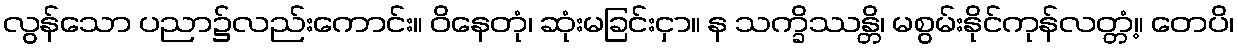
လွန်သော ပညာ၌လည်းကောင်း။ ဝိနေတုံ၊ ဆုံးမခြင်းငှာ။ န သက္ခိဿန္တိ၊ မစွမ်းနိုင်ကုန်လတ္တံ့။ တေပိ၊